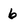
Character: 6